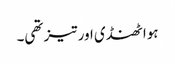
ہوا ٹھنڈی اور تیز تھی۔